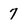
Character: 7